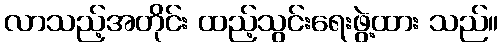
လာသည့်အတိုင်း ထည့်သွင်းရေးဖွဲ့ထား သည်။